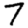
Digit: 7